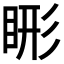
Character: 𬑖